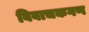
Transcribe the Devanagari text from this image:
विवाचकगण